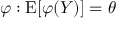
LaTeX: \varphi : \operatorname { E } [ \varphi ( Y ) ] = \theta